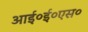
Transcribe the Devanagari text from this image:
आई०ई०एस०